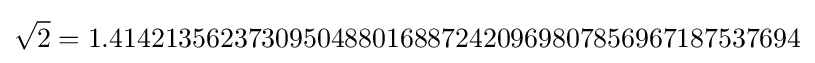
{\sqrt {2}}=1.41421356237309504880168872420969807856967187537694